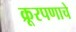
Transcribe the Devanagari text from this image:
क्रूरपणाचे